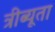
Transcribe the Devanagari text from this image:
त्रीब्यूता